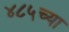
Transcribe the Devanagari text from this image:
४८५च्या